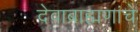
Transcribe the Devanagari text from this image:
देवाब्राह्मणांचे